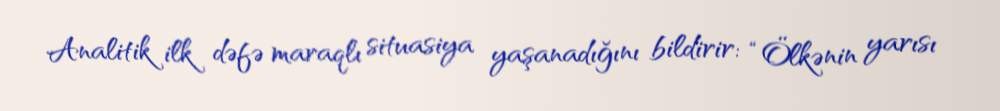
Analitik ilk dəfə maraqlı situasiya yaşanadığını bildirir: “Ölkənin yarısı